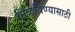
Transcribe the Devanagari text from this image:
मिळविण्‍यासाठी